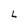
Character: L